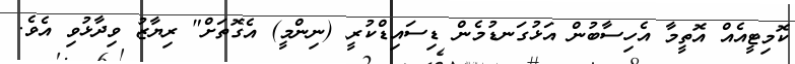
ކޮމިޓީއެއް އޮތީމާ އެހިސާބުން އަޅުގަނޑުމެން ޑިސައިޑްކުރީ (ނިންމީ) އެގޮތަށް" ރިޔާޒު ވިދާޅުވި އެވެ.